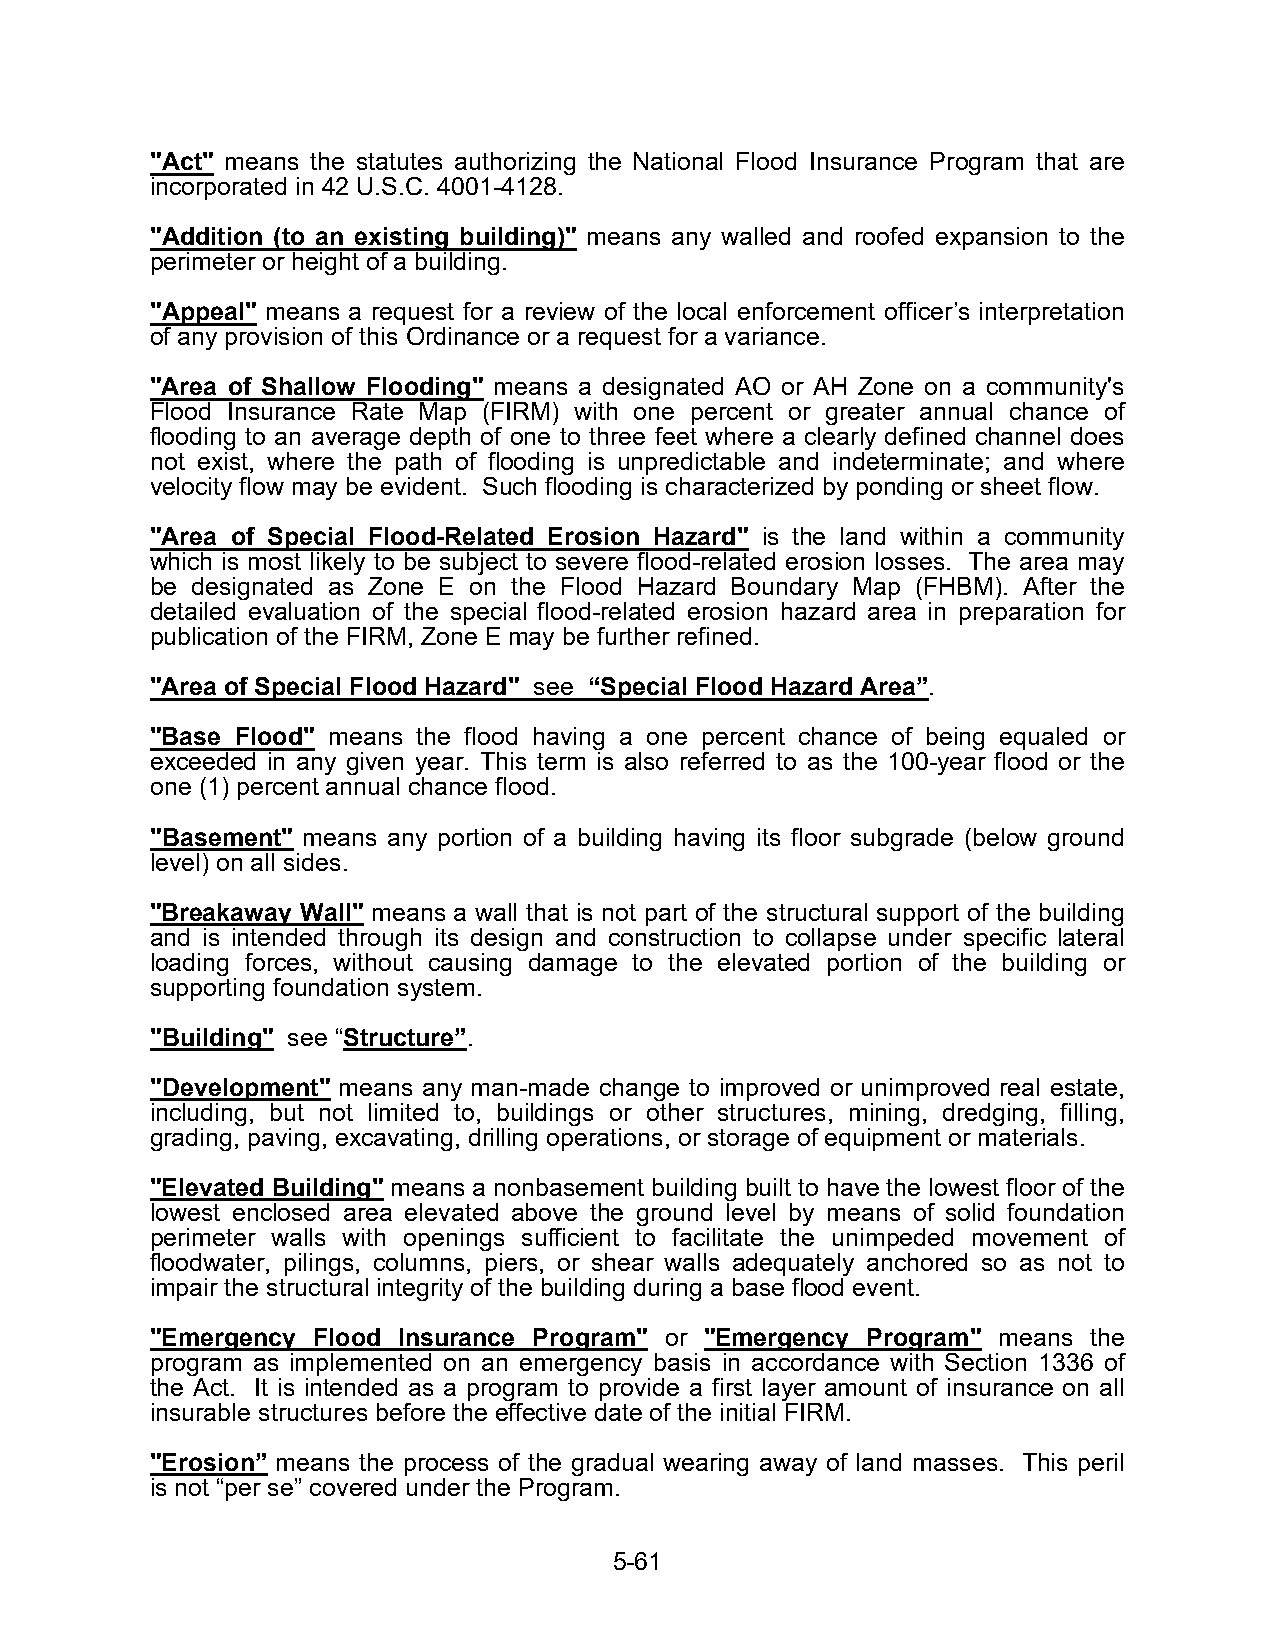
"Act" means the statutes authorizing the National Flood Insurance Program that are
 incorporated in 42 U.S.C. 4001-4128.
 "Addition (to an existing building)" means any walled and roofed expansion to the
 perimeter or height of a building.
 "Appeal" means a request for a review of the local enforcement officer’s interpretation
 of any provision of this Ordinance or a request for a variance.
 "Area of Shallow Flooding" means a designated AO or AH Zone on a community's
 Flood Insurance Rate Map (FIRM) with one percent or greater annual chance of
 flooding to an average depth of one to three feet where a clearly defined channel does
 not exist, where the path of flooding is unpredictable and indeterminate; and where
 velocity flow may be evident. Such flooding is characterized by ponding or sheet flow.
 "Area of Special Flood-Related Erosion Hazard" is the land within a community
 which is most likely to be subject to severe flood-related erosion losses. The area may
 be designated as Zone E on the Flood Hazard Boundary Map (FHBM). After the
 detailed evaluation of the special flood-related erosion hazard area in preparation for
 publication of the FIRM, Zone E may be further refined.
 "Area of Special Flood Hazard" see “Special Flood Hazard Area”.
 "Base Flood" means the flood having a one percent chance of being equaled or
 exceeded in any given year. This term is also referred to as the 100-year flood or the
 one (1) percent annual chance flood.
 "Basement" means any portion of a building having its floor subgrade (below ground
 level) on all sides.
 "Breakaway Wall" means a wall that is not part of the structural support of the building
 and is intended through its design and construction to collapse under specific lateral
 loading forces, without causing damage to the elevated portion of the building or
 supporting foundation system.
 "Building" see “Structure”.
 "Development" means any man-made change to improved or unimproved real estate,
 including, but not limited to, buildings or other structures, mining, dredging, filling,
 grading, paving, excavating, drilling operations, or storage of equipment or materials.
 "Elevated Building" means a nonbasement building built to have the lowest floor of the
 lowest enclosed area elevated above the ground level by means of solid foundation
 perimeter walls with openings sufficient to facilitate the unimpeded movement of
 floodwater, pilings, columns, piers, or shear walls adequately anchored so as not to
 impair the structural integrity of the building during a base flood event.
 "Emergency Flood Insurance Program" or "Emergency Program" means the
 program as implemented on an emergency basis in accordance with Section 1336 of
 the Act. It is intended as a program to provide a first layer amount of insurance on all
 insurable structures before the effective date of the initial FIRM.
 "Erosion” means the process of the gradual wearing away of land masses. This peril
 is not “per se” covered under the Program.
 5-61